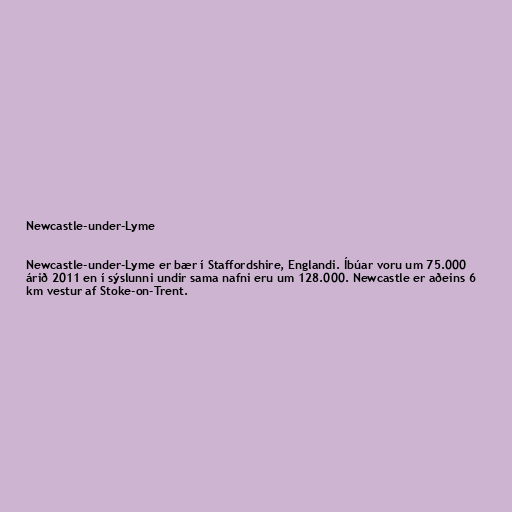
Newcastle-under-Lyme

Newcastle-under-Lyme er bær í Staffordshire, Englandi. Íbúar voru um 75.000
árið 2011 en í sýslunni undir sama nafni eru um 128.000. Newcastle er aðeins 6
km vestur af Stoke-on-Trent.